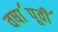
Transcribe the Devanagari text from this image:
वषा॔पूवी॔